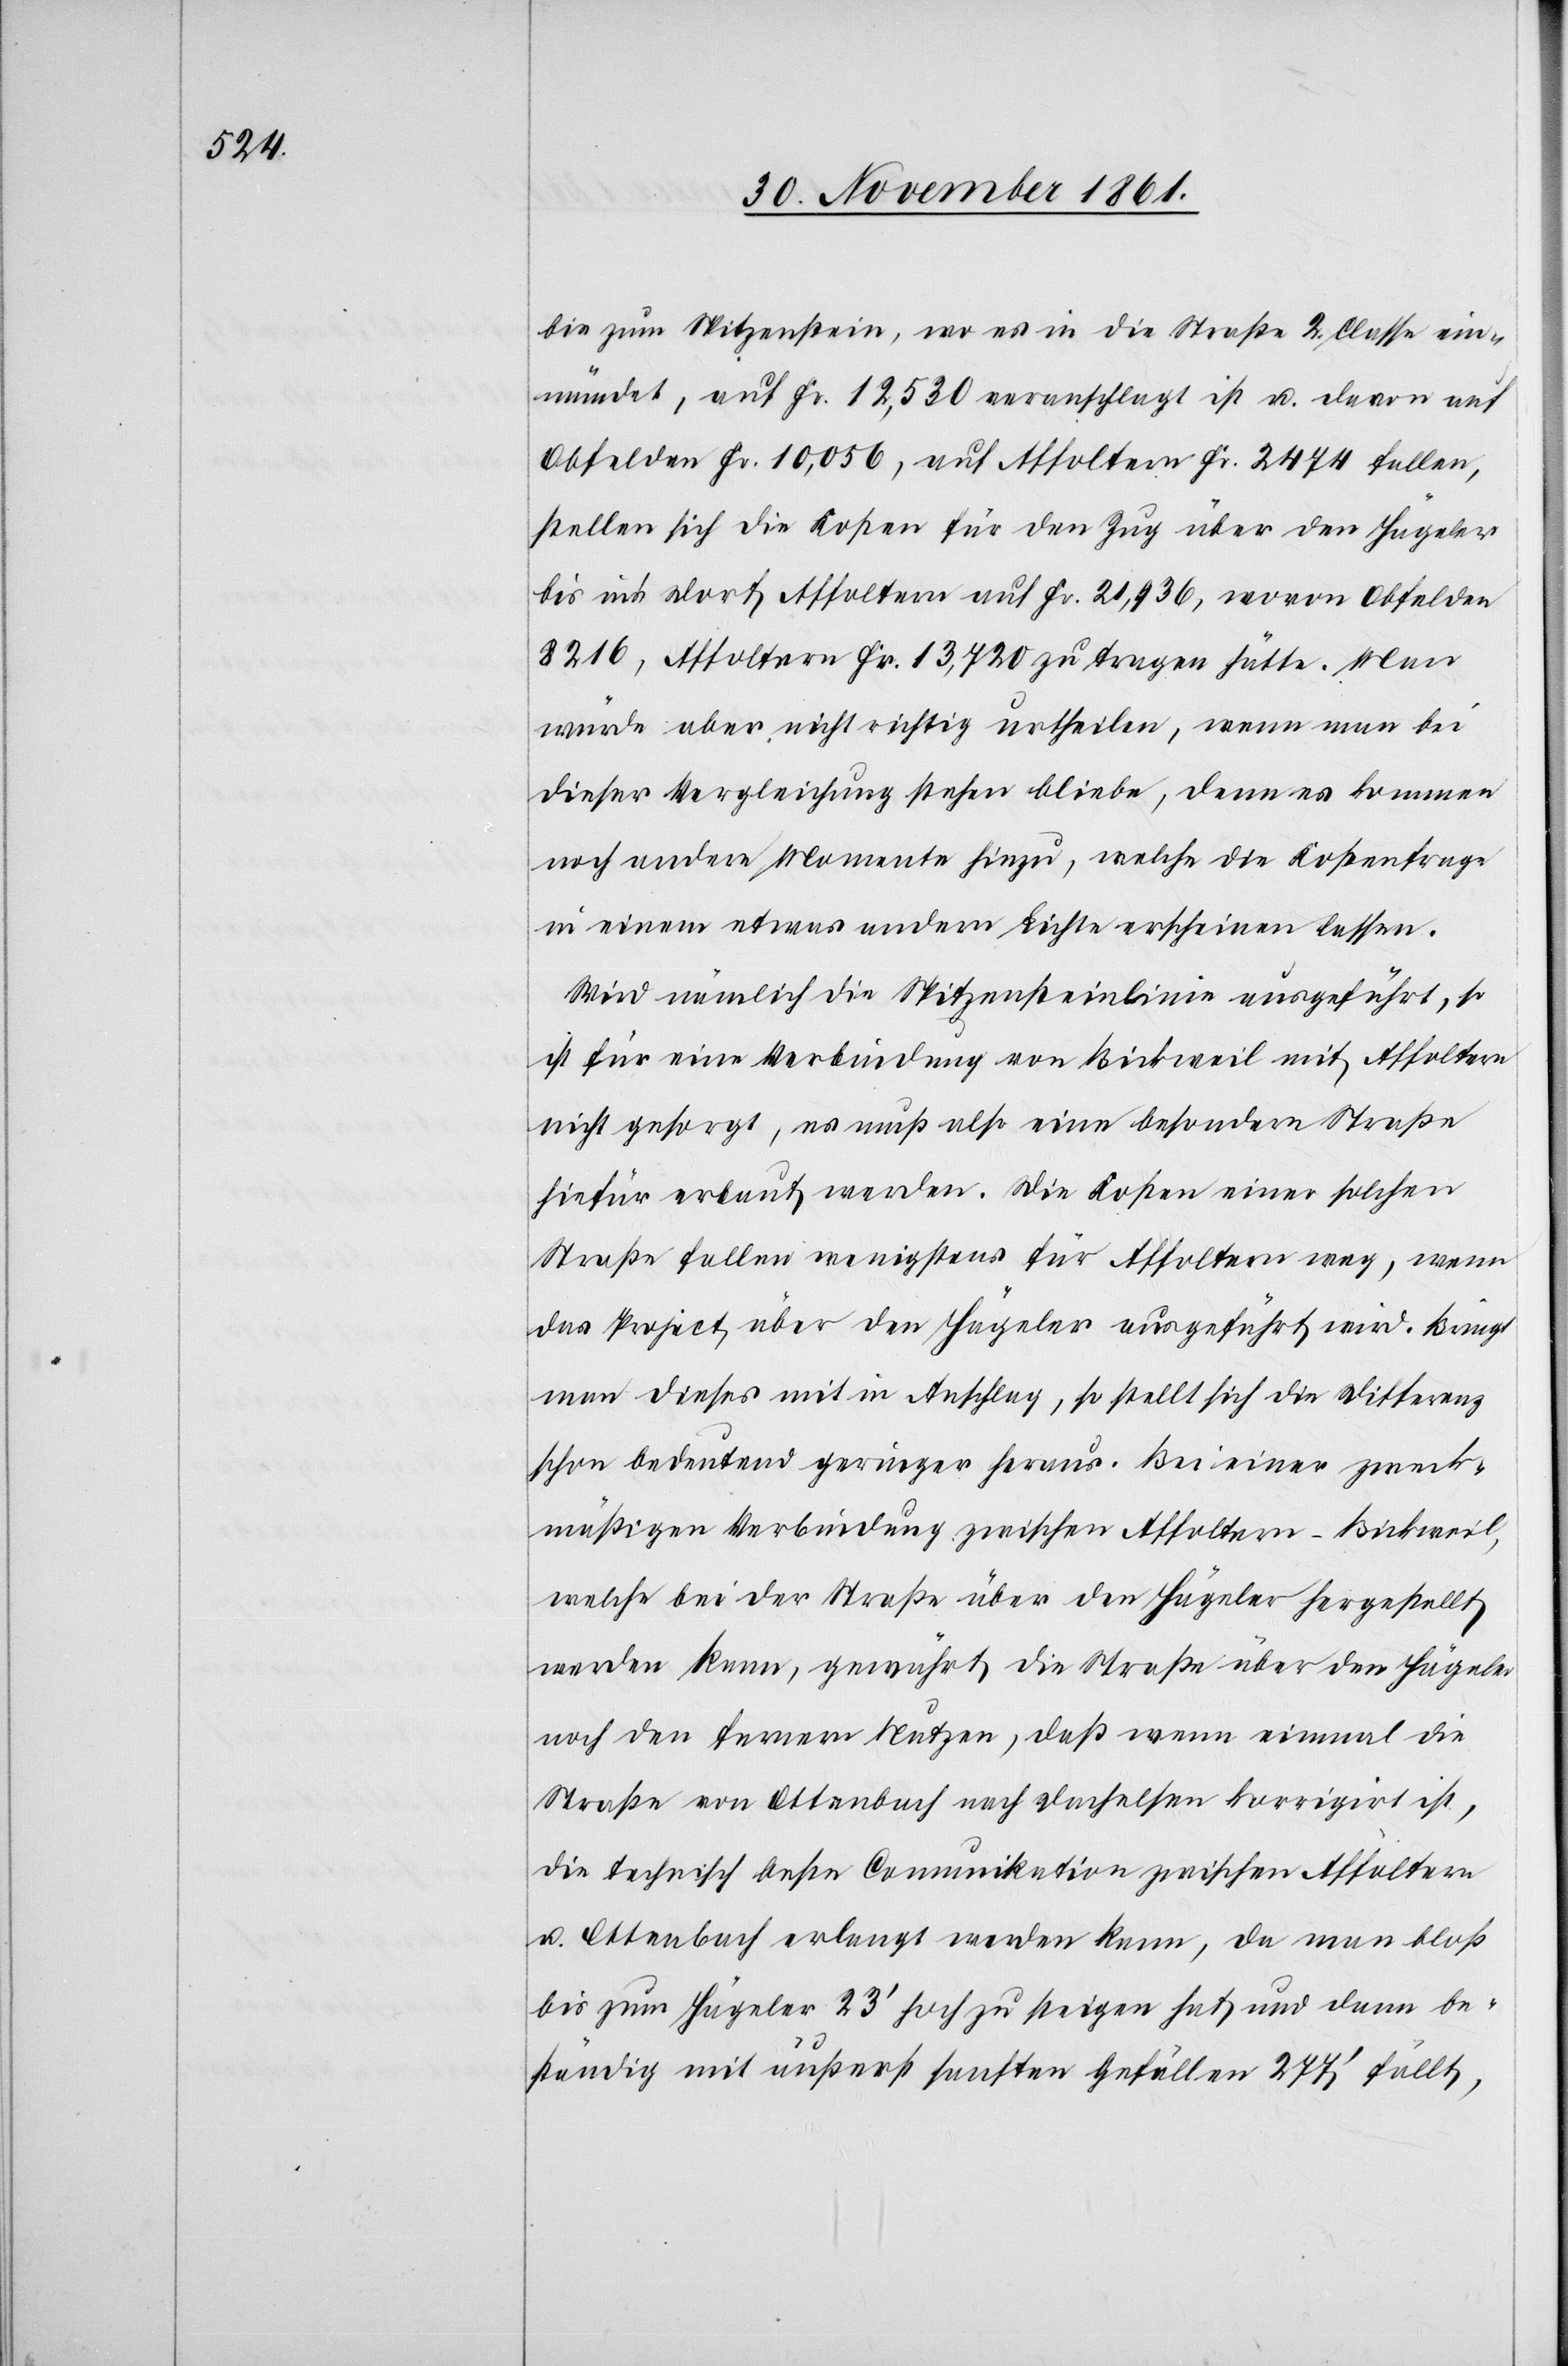
bis zum Spitzenstein, wo es in die Straße 2 Classe ein¬
mündet, auf Fr. 12,530 veranschlagt ist u. davon auf
Obfelden Fr. 10,056, auf Affoltern Fr. 2474 fallen,
stellen sich die Kosten für den Zug über den Hägeler
bis in’s Dorf Affoltern auf Fr. 21,936, wovon Obfelden
8216, Affoltern Fr. 13,720 zu tragen hätte. Man
würde aber nicht richtig urtheilen, wenn man bei
dieser Vergleichung stehen bliebe, denn es kommen
noch andere Momente hinzu, welche die Kostenfrage
in einem etwas andern Lichte erscheinen lassen.
Wird nämlich die Spitzensteinlinie ausgeführt, so
ist für eine Verbindung von Bickweil mit Affoltern
nicht gesorgt, es muß also eine besondere Straße
hiefür erbaut werden. Die Kosten einer solchen
Straße fallen wenigstens für Affoltern weg, wenn
das Project über den Hägeler ausgeführt wird. Bringt
man dieses mit in Anschlag, so stellt sich die Differenz
schon bedeutend geringer heraus. Bei einer zweck¬
mäßigen Verbindung zwischen Affoltern-Bickweil,
welche bei der Straße über den Hägeler hergestellt
werden kann, gewährt die Straße über den Hägeler
noch den fernern Nutzen, daß wenn einmal die
Straße von Ottenbach nach Dachelsen korrigirt ist,
die technisch beste Communikation zwischen Affoltern
u. Ottenbach erlangt werden kann, da man bloß
bis zum Hägeler 23’ hoch zu steigen hat und dann be¬
ständig mit äußerst sanften Gefällen 277’ fällt,